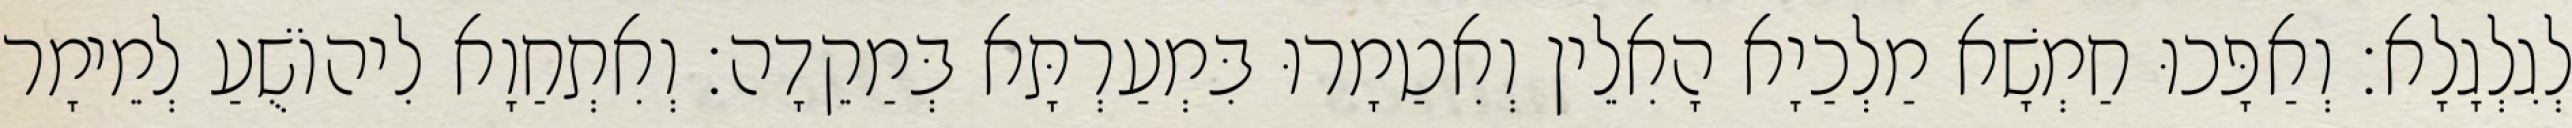
לְגִלְגָלָא׃ וְאַפָּכוּ חַמְשָׁא מַלְכַיָא הָאִלֵין וְאִטַמָרוּ בִּמְעַרְתָּא בְּמַקֵדָה׃ וְאִתְחַוָא לִיהוֹשֻׁעַ לְמֵימָר